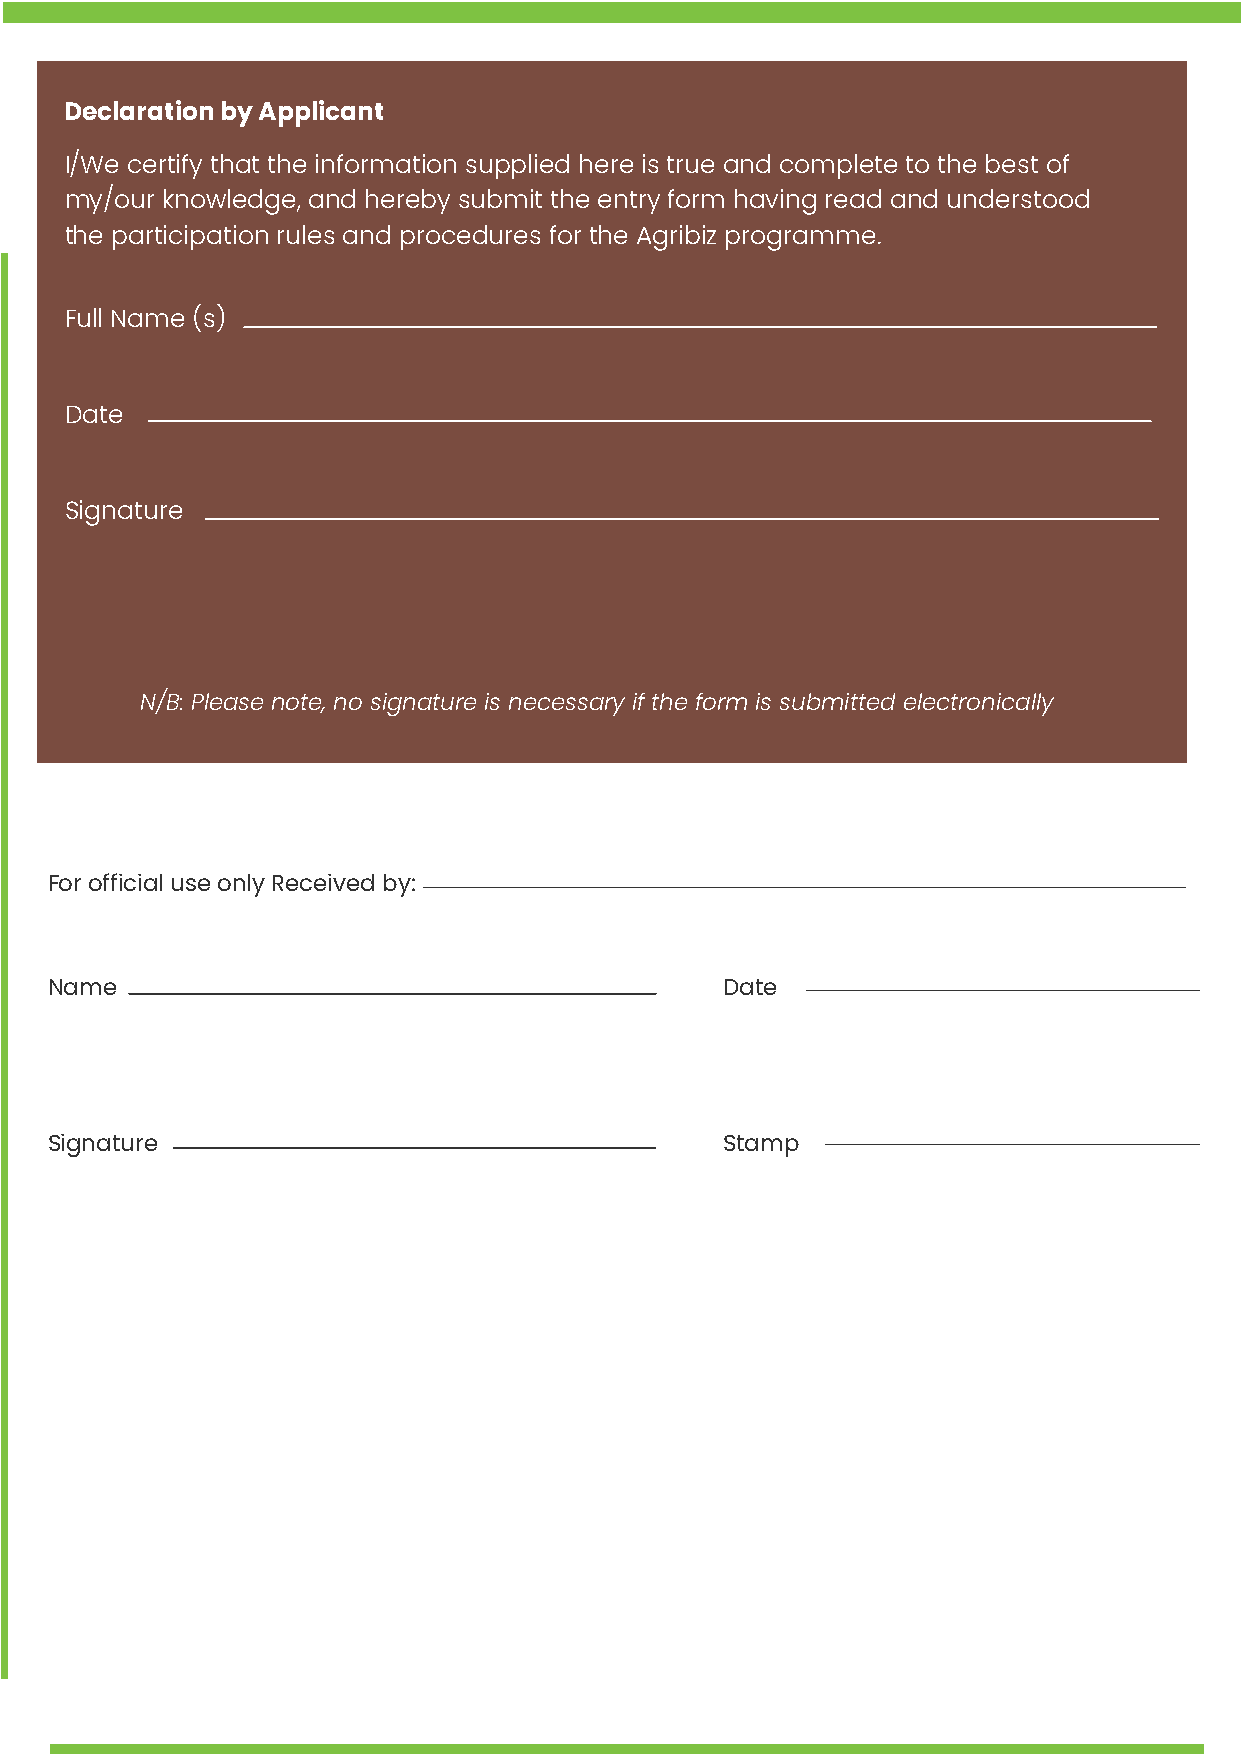
Declaration by Applicant
 I/We certify that the information supplied here is true and complete to the best of
 my/our knowledge, and hereby submit the entry form having read and understood
 the participation rules and procedures for the Agribiz programme.
 Full Name (s)
 Date
 Signature
 N/B: Please note, no signature is necessary if the form is submitted electronically
 For official use only Received by:
 Name                                         Date
 Signature                                    Stamp